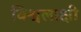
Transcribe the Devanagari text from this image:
विश्वलाक्षी